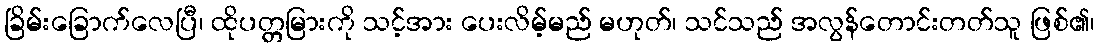
ခြိမ်းခြောက်လေပြီ၊ ထိုပတ္တမြားကို သင့်အား ပေးလိမ့်မည် မဟုတ်၊ သင်သည် အလွန်တောင်းတတ်သူ ဖြစ်၏၊